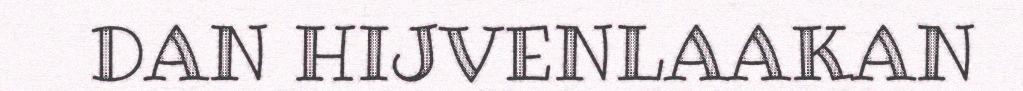
DAN HIJVENLAAKAN